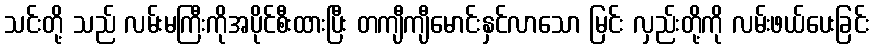
သင်းတို့ သည် လမ်းမကြီးကိုအပိုင်စီးထားပြီး တကျီကျီမောင်းနှင်လာသော မြင်း လှည်းတို့ကို လမ်းဖယ်ပေးခြင်း